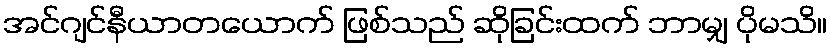
အင်ဂျင်နီယာတယောက် ဖြစ်သည် ဆိုခြင်းထက် ဘာမျှ ပိုမသိ။